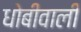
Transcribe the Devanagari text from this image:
धोबीवाली